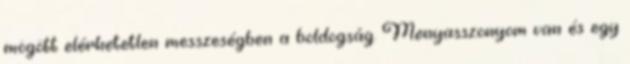
mögött elérhetetlen messzeségben a boldogság. Menyasszonyom van és egy